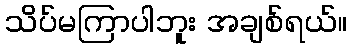
သိပ်မကြာပါဘူး အချစ်ရယ်။